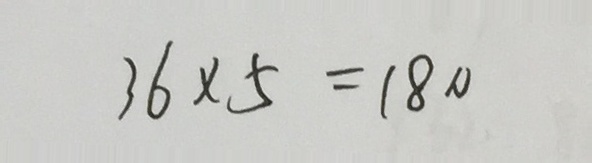
3 6 \times 5 = 1 8 0